Indian journal of veterinary science and animal husbandry - Volumes 18-21, 1948-1951
Year: 1948
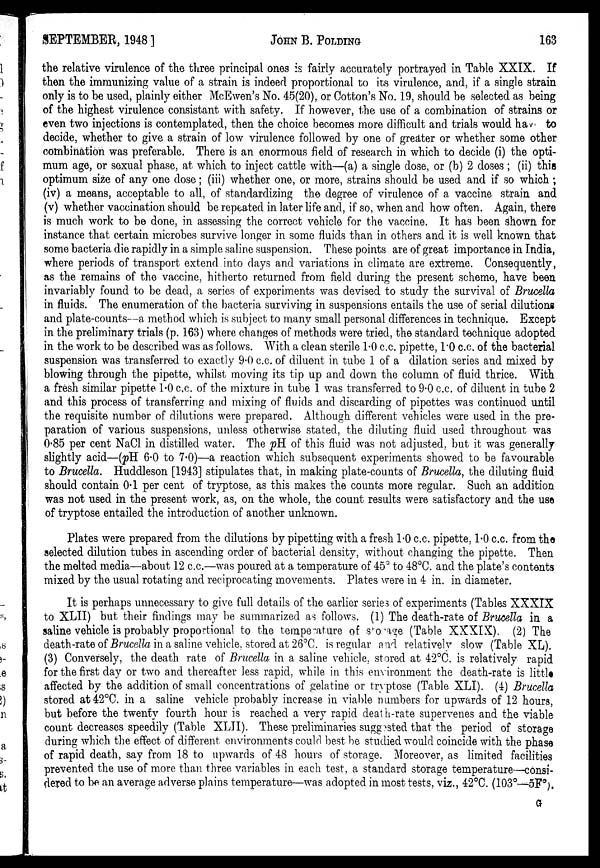
SEPTEMBER, 1948]
JOHN
B.
POLDING
163
the relative virulence of the three principal ones is fairly accurately portrayed in Table XXIX. If
then the immunizing value of a strain is indeed proportional to its virulence, and, if a single strain
only is to be used, plainly either McEwen's No. 45(20), or Cotton's No. 19, should be selected as being
of the highest virulence consistant with safety. If however, the use of a combination of strains or
even two injections is contemplated, then the choice becomes more difficult and trials would have to
decide, whether to give a strain of low virulence followed by one of greater or whether some other
combination was preferable. There is an enormous field of research in which to decide (i) the opti-
mum age, or sexual phase, at which to inject cattle with—(a) a single dose, or (b) 2 doses ; (ii) this
optimum size of any one dose ; (iii) whether one, or more, strains should be used and if so which ;
(iv) a means, acceptable to all, of standardizing the degree of virulence of a vaccine strain and
(v) whether vaccination should be repeated in later life and, if so, when and how often. Again, there
is much work to be done, in assessing the correct vehicle for the vaccine. It has been shown for
instance that certain microbes survive longer in some fluids than in others and it is well known that
some bacteria die rapidly in a simple saline suspension. These points are of great importance in India,
where periods of transport extend into days and variations in climate are extreme. Consequently,
as the remains of the vaccine, hitherto returned from field during the present scheme, have been
invariably found to be dead, a series of experiments was devised to study the survival of Brucella
in fluids. The enumeration of the bacteria surviving in suspensions entails the use of serial dilutions
and plate-counts—a method which is subject to many small personal differences in technique. Except
in the preliminary trials (p. 163) where changes of methods were tried, the standard technique adopted
in the work to be described was as follows. With a clean sterile 1.0 c.c. pipette, 1.0 c.c. of the bacterial
suspension was transferred to exactly 9.0 c.c. of diluent in tube 1 of a dilation series and mixed by
blowing through the pipette, whilst moving its tip up and down the column of fluid thrice. With
a fresh similar pipette 1.0 c.c. of the mixture in tube 1 was transferred to 9.0 c.c. of diluent in tube 2
and this process of transferring and mixing of fluids and discarding of pipettes was continued until
the requisite number of dilutions were prepared. Although different vehicles were used in the pre-
paration of various suspensions, unless otherwise stated, the diluting fluid used throughout was
0.85 per cent NaCl in distilled water. The pH of this fluid was not adjusted, but it was generally
slightly acid—(pH 6.0 to 7.0)—a reaction which subsequent experiments showed to be favourable
to Brucella. Huddleson [1943] stipulates that, in making plate-counts of Brucella, the diluting fluid
should contain 0.1 per cent of tryptose, as this makes the counts more regular. Such an addition
was not used in the present work, as, on the whole, the count results were satisfactory and the use
of tryptose entailed the introduction of another unknown.
Plates were prepared from the dilutions by pipetting with a fresh 1.0 c.c. pipette, 1.0 c.c. from the
selected dilution tubes in ascending order of bacterial density, without changing the pipette. Then
the melted media—about 12 c.c.—was poured at a temperature of 45° to 48°C. and the plate's contents
mixed by the usual rotating and reciprocating movements. Plates were in 4 in. in diameter.
It is perhaps unnecessary to give full details of the earlier series of experiments (Tables XXXIX
to XLII) but their findings may be summarized as follows. (1) The death-rate of Brucella in a
saline vehicle is probably proportional to the temperature of storage (Table XXXIX). (2) The
death-rate of Brucella in a saline vehicle, stored at 26°C. is regular and relatively slow (Table XL).
(3) Conversely, the death rate of Brucella in a saline vehicle, stored at 42°C. is relatively rapid
for the first day or two and thereafter less rapid, while in this environment the death-rate is little
affected by the addition of small concentrations of gelatine or tryptose (Table XLI). (4) Brucella
stored at 42°C. in a saline vehicle probably increase in viable numbers for upwards of 12 hours,
but before the twenty fourth hour is reached a very rapid death-rate supervenes and the viable
count decreases speedily (Table XLII). These preliminaries suggested that the period of storage
during which the effect of different environments could best be studied would coincide with the phase
of rapid death, say from 18 to upwards of 48 hours of storage. Moreover, as limited facilities
prevented the use of more than three variables in each test, a standard storage temperature—consi-
dered to be an average adverse plains temperature—was adopted in most tests, viz., 42°C. (103°—5Fº).
G